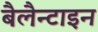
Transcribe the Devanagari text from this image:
बैलैन्टाइन